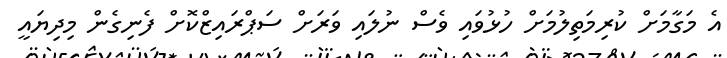
އެ މަގާމަށް ކުރިމަތިލުމަށް ހުޅުވައި ވެސް ނުލައި ވަރަށް ސަޕްރައިޒްކޮށް ފެނިގެން މިދިޔައީ